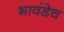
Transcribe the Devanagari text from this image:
भावंडेच